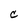
Character: C